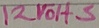
Text: 12VOHS